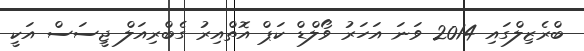
ބްރެޒިލްގައި 2014 ވަނަ އަހަރު ވޯލްޑް ކަޕް އޮތްއިރު ގެބްރިއަލް ޖީސަސް އަކީ